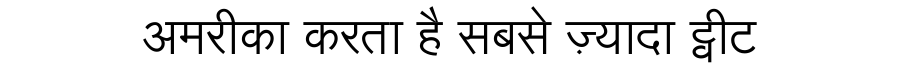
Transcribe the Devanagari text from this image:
अमरीका करता है सबसे ज़्यादा ट्वीट